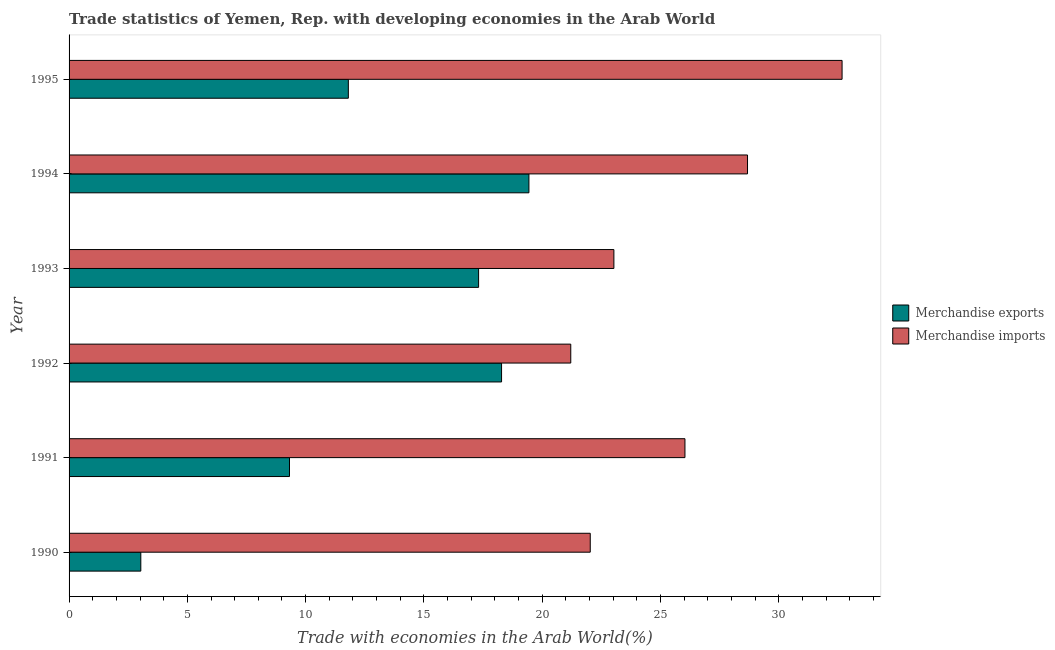
| Year | Merchandise exports | Merchandise imports |
 | --- | --- | --- |
 | 1990 | 3.03 | 22 |
 | 1991 | 9.32 | 26 |
 | 1992 | 18.3 | 21.2 |
 | 1993 | 17.3 | 23 |
 | 1994 | 19.4 | 28.7 |
 | 1995 | 11.8 | 32.7 |